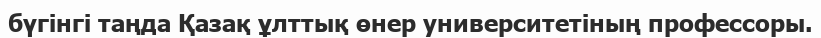
бүгінгі таңда Қазақ ұлттық өнер университетіның профессоры.